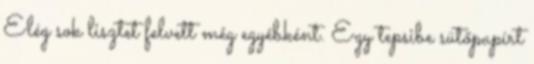
Elég sok lisztet felvett még egyébként. Egy tepsibe sütőpapírt